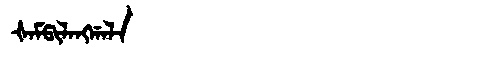
Manchu: ᡧᠠᠮᡦᡳᠯᠠᠩᡤᠠᠯᠠ
Romanization: ŠAMPILANGGALA